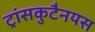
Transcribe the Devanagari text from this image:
ट्रांसकुटैनयस